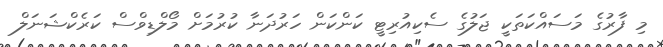
މި ފާރުގެ މަސައްކަތަކީ ޖަލުގެ ސެކިއުރިޓީ ކަންކަން ހަރުދަނާ ކުރުމަށް މޯލްޑިވްސް ކަރެކްޝަނަލް